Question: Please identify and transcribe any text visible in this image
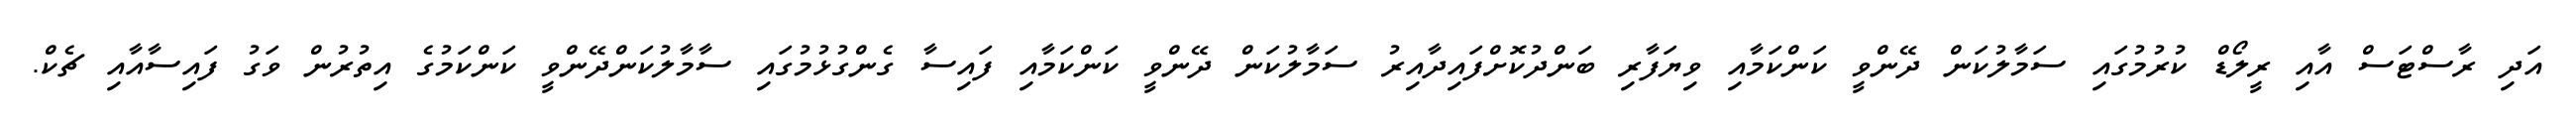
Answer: އަދި ރާސްޓަސް އާއި ރީލޯޑް ކުރުމުގައި ސަމާލުކަން ދޭންވީ ކަންކަމާއި ވިޔަފާރި ބަންދުކޮށްފައިދާއިރު ސަމާލުކަން ދޭންވީ ކަންކަމާއި ފައިސާ ގެންގުޅުމުގައި ސާމާލުކަންދޭންވީ ކަންކަމުގެ އިތުރުން ވަގު ފައިސާއާއި ޗެކް.